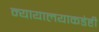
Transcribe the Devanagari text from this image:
न्यायालयाकडेही